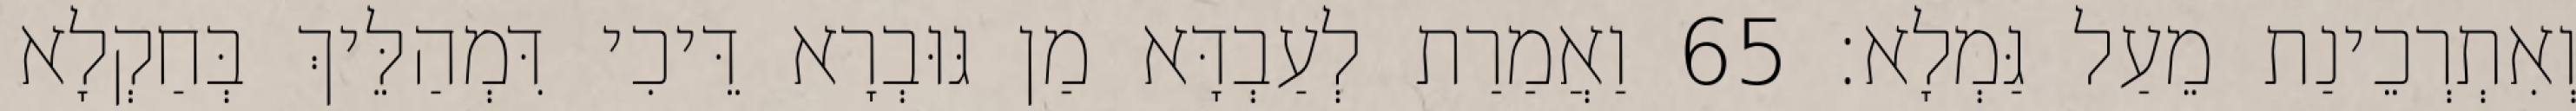
וְאִתְרְכֵינַת מֵעַל גַּמְלָא׃ 65 וַאֲמַרַת לְעַבְדָּא מַן גּוּבְרָא דֵּיכִי דִּמְהַלֵּיךְ בְּחַקְלָא